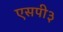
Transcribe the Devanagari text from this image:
एसपी३